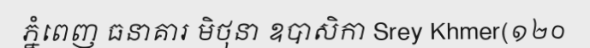
ភ្នំពេញ ធនាគារ មិថុនា ឧបាសិកា Srey Khmer(១២០